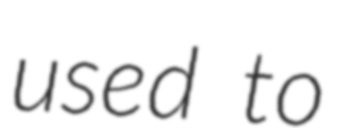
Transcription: used to